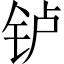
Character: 𬬻